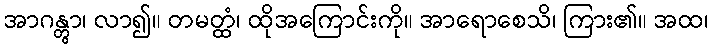
အာဂန္တွာ၊ လာ၍။ တမတ္ထံ၊ ထိုအကြောင်းကို။ အာရောစေသိ၊ ကြား၏။ အထ၊